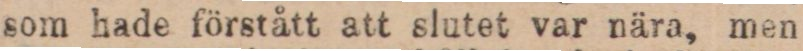
som hade förstått att slutet var nära, men